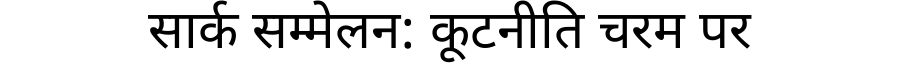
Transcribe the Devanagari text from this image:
सार्क सम्मेलन: कूटनीति चरम पर